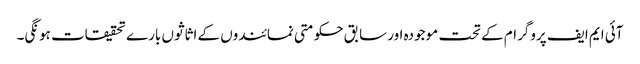
آئی ایم ایف پروگرام کے تحت موجودہ اور سابق حکومتی نمائندوں کے اثاثوں بارے تحقیقات ہونگی۔